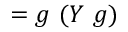
= g \ ( Y \ g )